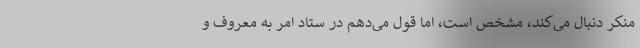
منکر دنبال می‌کند، مشخص است، اما قول می‌دهم در ستاد امر به معروف و